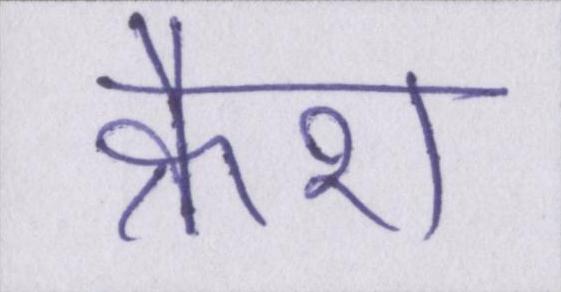
क्रैश